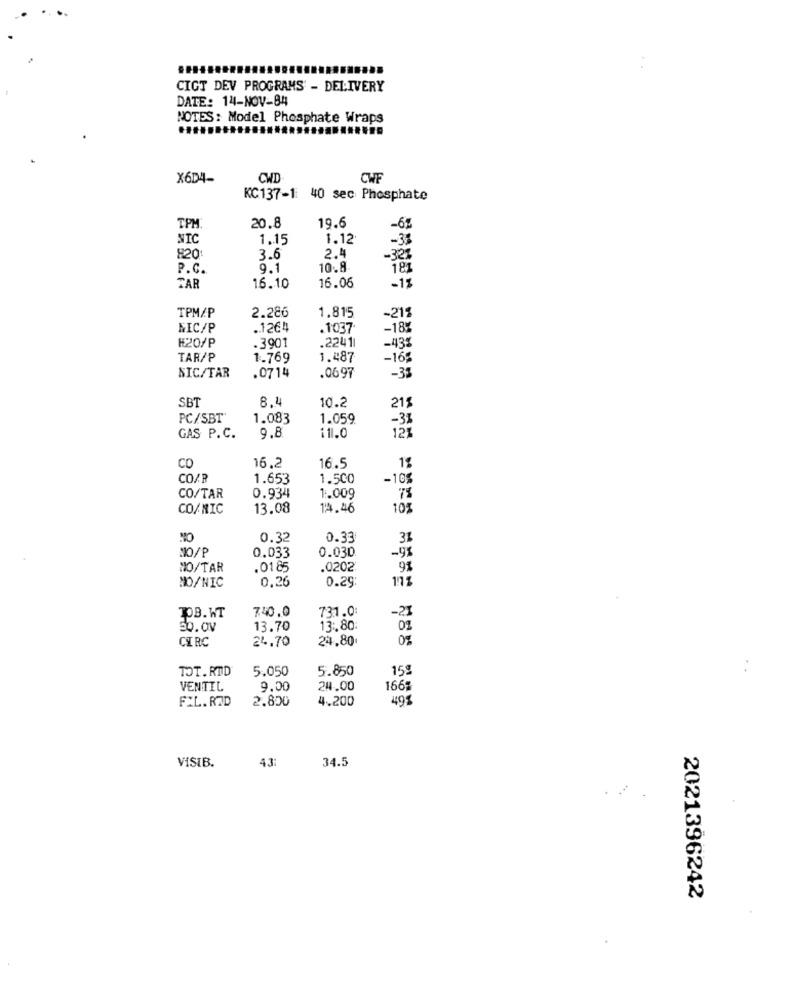
CIGT DEV PROGRAMS - DELIVERY
DATE: 14-NOV-84
NOTES: Model Phosphate Wraps
X6D4-
CHD
CHE
KC137-1 40 sec Phosphate
TPM
20.8
19.6
-62
NIC
1.15
1.12
-33
820
3.6
2.4
-321
P.C.
9.1
10.8
181
16.06
TAR
16.10
- 18
TPM/P
2.286
1.815
-211
NIC/P
.. 1264
.1037
-18%
.22411
#20/P
.3901
-43%
TAR/P
1.769
1.487
-169
-33
NIC/TAR
.0714
.0697
8.1
10.2
215
SBT
PC/SBT"
1.083
1.059
-31
11.0
121
GAS P.C.
9.8
16,2
CO
16.5
1%
CO/R
1.653
1.500
-10%
0.934
1.009
CO/TAR
CO/NIC
13.08
14.46
105
NO
0.32
0.33
31
MIO/P
0.030
0.033
MO/TAR
.0185
.0202
91
NO/NIC
0,26
0.29
111
740.0
731.0
-21
TOB. WT
50.0V
13.70
13 :. 80:
01
CIRC
24.70
24,80
TOT. RTD
5.050
5.850
15g
VENTIL
9.00
24.00
1665
FIL. ROD
2.800
4.200
4491
VISIB.
43:
34.5
2021396242